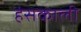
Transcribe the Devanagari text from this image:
हंसकाली